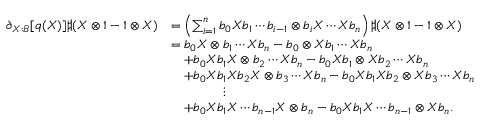
\begin{array} { r l } { \partial _ { X : B } [ q ( X ) ] \sharp ( X \otimes 1 - 1 \otimes X ) } & { = \left( \sum _ { i = 1 } ^ { n } b _ { 0 } X b _ { 1 } \cdots b _ { i - 1 } \otimes b _ { i } X \cdots X b _ { n } \right) \sharp ( X \otimes 1 - 1 \otimes X ) } \\ & { = b _ { 0 } X \otimes b _ { 1 } \cdots X b _ { n } - b _ { 0 } \otimes X b _ { 1 } \cdots X b _ { n } } \\ & { \quad + b _ { 0 } X b _ { 1 } X \otimes b _ { 2 } \cdots X b _ { n } - b _ { 0 } X b _ { 1 } \otimes X b _ { 2 } \cdots X b _ { n } } \\ & { \quad + b _ { 0 } X b _ { 1 } X b _ { 2 } X \otimes b _ { 3 } \cdots X b _ { n } - b _ { 0 } X b _ { 1 } X b _ { 2 } \otimes X b _ { 3 } \cdots X b _ { n } } \\ & { \qquad \qquad \vdots } \\ & { \quad + b _ { 0 } X b _ { 1 } X \cdots b _ { n - 1 } X \otimes b _ { n } - b _ { 0 } X b _ { 1 } X \cdots b _ { n - 1 } \otimes X b _ { n } . } \end{array}